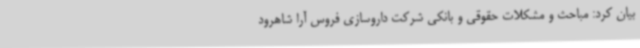
بیان کرد: مباحث و مشکلات حقوقی و بانکی شرکت داروسازی فروس آرا شاهرود